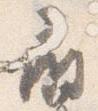
扇